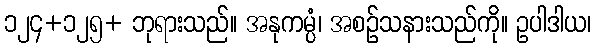
၁၂၄+၁၂၅+ ဘုရားသည်။ အနုကမ္ပံ၊ အစဉ်သနားသည်ကို။ ဥပါဒါယ၊